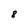
Character: 8